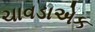
ચાવડાએક